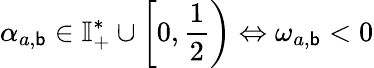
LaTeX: \alpha_{a,\mathsf{b}}\in\mathbb{{I}}_{+}^{*}\cup\left[0,\frac{{1}}{{2}}\right)\Leftrightarrow\omega_{a,\mathsf{b}}<0